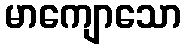
မာကျောသော